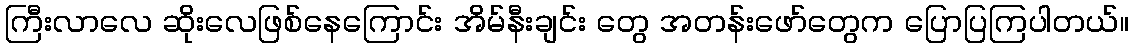
ကြီးလာလေ ဆိုးလေဖြစ်နေကြောင်း အိမ်နီးချင်း တွေ အတန်းဖော်တွေက ပြောပြကြပါတယ်။